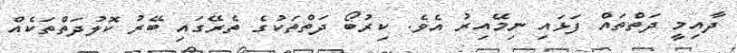
ދާއިމީ ދަތްތައް ފަޅައި ނިމޭއިރު އެވެ. ކިރުބޯ ދަތްތަކުގެ ތެރޭގައި ބޭރު ކޮލުދަތްތަކެއް